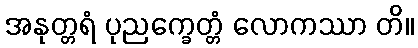
အနုတ္တရံ ပုညက္ခေတ္တံ လောကဿာ တိ။